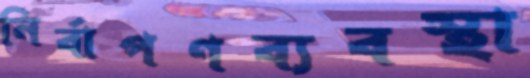
নির্বাপণব্যবস্থা